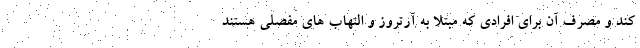
کند و مصرف آن برای افرادی که مبتلا به آرتروز و التهاب های مفصلی هستند